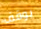
يوقف